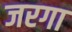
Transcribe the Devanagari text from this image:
जरगा